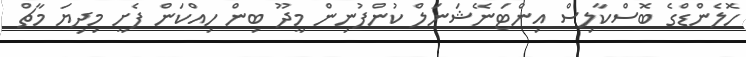
ހޮލެންޑްގެ ބޮސްކާލިސް އިންޓަނޭޝަނަލް ކުންފުނިން މީދޫ ބިން ހިއްކަން ފެށީ މިދިޔަ މާޗް